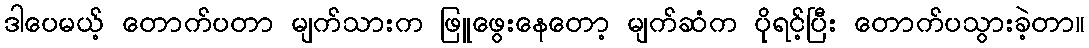
ဒါပေမယ့် တောက်ပတာ မျက်သားက ဖြူဖွေးနေတော့ မျက်ဆံက ပိုရင့်ပြီး တောက်ပသွားခဲ့တာ။